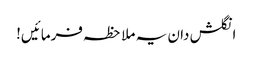
انگلش دان یہ ملاحظہ فرمائیں!